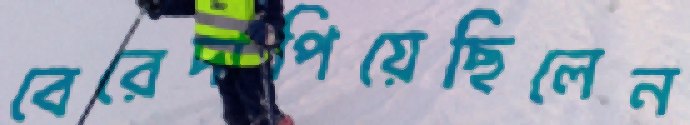
বেরেদাপিয়েছিলেন